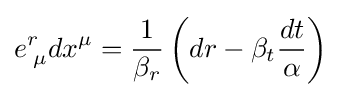
e_{\;\mu }^{r}dx^{\mu }={\frac {1}{\beta _{r}}}\left(dr-\beta _{t}{\frac {dt}{\alpha }}\right)